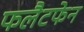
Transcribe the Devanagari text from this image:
फलैटफेन